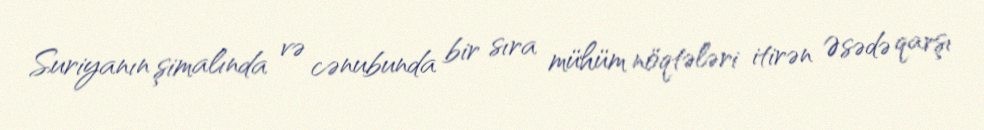
Suriyanın şimalında və cənubunda bir sıra mühüm nöqtələri itirən Əsədə qarşı